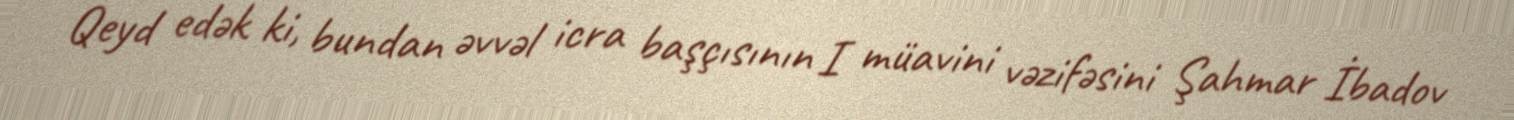
Qeyd edək ki, bundan əvvəl icra başçısının I müavini vəzifəsini Şahmar İbadov